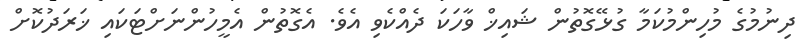
ދިނުމުގެ މުހިންމުކަމާ ގުޅޭގޮތުން ޝައިޚް ވާހަކަ ދެއްކެވި އެވެ. އެގޮތުން އެމީހުންނަށްޓަކައި ޚަރަދުކޮށް